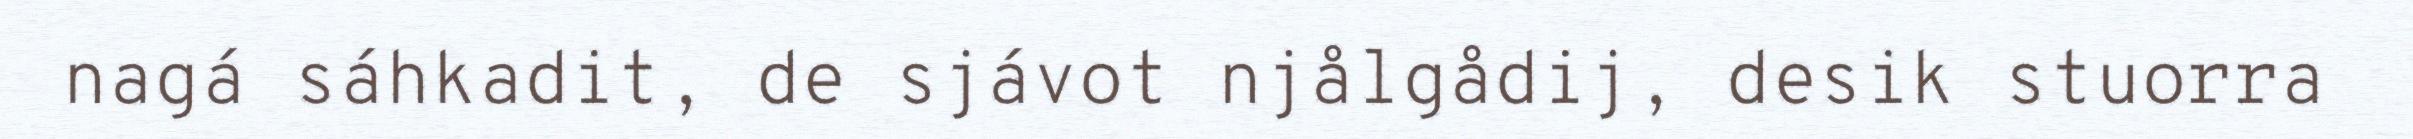
nagá sáhkadit, de sjávot njålgådij, desik stuorra